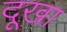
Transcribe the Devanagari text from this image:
दूखा